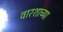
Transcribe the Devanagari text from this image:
वारशाच्‍या